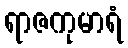
ရာဇကုမာရံ